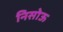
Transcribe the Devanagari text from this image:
निसोऊ